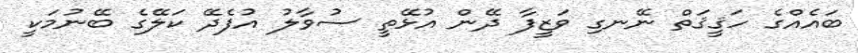
ބައެއްގެ ހަޤީޤަތް ނޭނގި ވަޒީފާ ދޭން އުޅޭތީ ސުވާލު އުފެދޭ ކަލޭގެ ބޭނުމަކީ